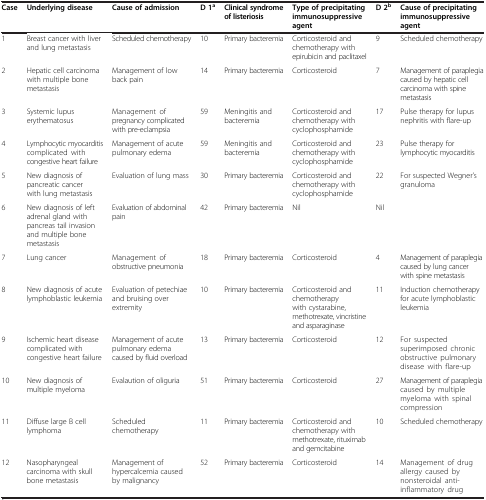
<table><thead><tr><td><b>Case</b></td><td><b>Underlying disease</b></td><td><b>Cause of admission</b></td><td><b>D 1<sup>a</sup></b></td><td><b>Clinical syndrome of listeriosis</b></td><td><b>Type of precipitating immunosuppressive agent</b></td><td><b>D 2<sup>b</sup></b></td><td><b>Cause of precipitating immunosuppressive agent</b></td></tr></thead><tbody><tr><td>1</td><td>Breast cancer with liver and lung metastasis</td><td>Scheduled chemotherapy</td><td>10</td><td>Primary bacteremia</td><td>Corticosteroid and chemotherapy with epirubicin and paclitaxel</td><td>9</td><td>Scheduled chemotherapy</td></tr><tr><td>2</td><td>Hepatic cell carcinoma with multiple bone metastasis</td><td>Management of low back pain</td><td>14</td><td>Primary bacteremia</td><td>Corticosteroid</td><td>7</td><td>Management of paraplegia caused by hepatic cell carcinoma with spine metastasis</td></tr><tr><td>3</td><td>Systemic lupus erythematosus</td><td>Management of pregnancy complicated with pre-eclampsia</td><td>59</td><td>Meningitis and bacteremia</td><td>Corticosteroid and chemotherapy with cyclophosphamide</td><td>17</td><td>Pulse therapy for lupus nephritis with flare-up</td></tr><tr><td>4</td><td>Lymphocytic myocarditis complicated with congestive heart failure</td><td>Management of acute pulmonary edema</td><td>59</td><td>Meningitis and bacteremia</td><td>Corticosteroid and chemotherapy with cyclophosphamide</td><td>23</td><td>Pulse therapy for lymphocytic myocarditis</td></tr><tr><td>5</td><td>New diagnosis of pancreatic cancer with lung metastasis</td><td>Evaluation of lung mass</td><td>30</td><td>Primary bacteremia</td><td>Corticosteroid and chemotherapy with cyclophosphamide</td><td>22</td><td>For suspected Wegner’s granuloma</td></tr><tr><td>6</td><td>New diagnosis of left adrenal gland with pancreas tail invasion and multiple bone metastasis</td><td>Evaluation of abdominal pain</td><td>42</td><td>Primary bacteremia</td><td>Nil</td><td>Nil</td><td> </td></tr><tr><td>7</td><td>Lung cancer</td><td>Management of obstructive pneumonia</td><td>18</td><td>Primary bacteremia</td><td>Corticosteroid</td><td>4</td><td>Management of paraplegia caused by lung cancer with spine metastasis</td></tr><tr><td>8</td><td>New diagnosis of acute lymphoblastic leukemia</td><td>Evaluation of petechiae and bruising over extremity</td><td>10</td><td>Primary bacteremia</td><td>Corticosteroid and chemotherapy with cystarabine, methotrexate, vincristine and asparaginase</td><td>11</td><td>Induction chemotherapy for acute lymphoblastic leukemia</td></tr><tr><td>9</td><td>Ischemic heart disease complicated with congestive heart failure</td><td>Management of acute pulmonary edema caused by fluid overload</td><td>13</td><td>Primary bacteremia</td><td>Corticosteroid</td><td>12</td><td>For suspected superimposed chronic obstructive pulmonary disease with flare-up</td></tr><tr><td>10</td><td>New diagnosis of multiple myeloma</td><td>Evalaution of oliguria</td><td>51</td><td>Primary bacteremia</td><td>Corticosteroid</td><td>27</td><td>Management of paraplegia caused by multiple myeloma with spinal compression</td></tr><tr><td>11</td><td>Diffuse large B cell lymphoma</td><td>Scheduled chemotherapy</td><td>11</td><td>Primary bacteremia</td><td>Corticosteroid and chemotherapy with methotrexate, rituximab and gemcitabine</td><td>10</td><td>Scheduled chemotherapy</td></tr><tr><td>12</td><td>Nasopharyngeal carcinoma with skull bone metastasis</td><td>Management of hypercalcemia caused by malignancy</td><td>52</td><td>Primary bacteremia</td><td>Corticosteroid</td><td>14</td><td>Management of drug allergy caused by nonsteroidal anti-inflammatory drug</td></tr></tbody></table>